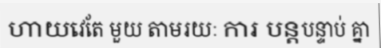
ហាយវេតែ មួយ តាមរយៈ ការ បន្តបន្ទាប់ គ្នា